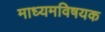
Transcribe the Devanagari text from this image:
माध्यमविषयक